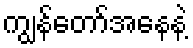
ကျွန်တော်အနေနဲ့